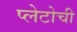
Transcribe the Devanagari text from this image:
प्लेटोची